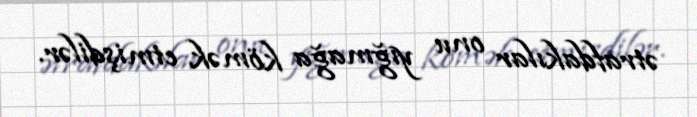
ətrafdakılar onu yığmağa kömək etmişdilər.